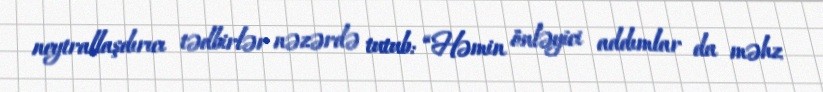
neytrallaşdırıcı tədbirlər nəzərdə tutub: “Həmin önləyici addımlar da məhz